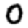
Digit: 0